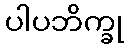
ပါပဘိက္ခု